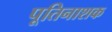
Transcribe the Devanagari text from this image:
पूतिनाशक